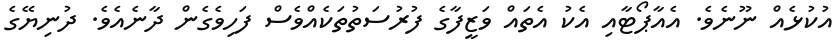
އުކުޅެއް ނޫނެވެ. އެއާޕޯޓާއި އެކު އެތައް ވަޒީފާގެ ފުރުސަތުތަކެއްވެސް ފަހިވެގެން ދާނެއެވެ. ދުނިޔޭގެ